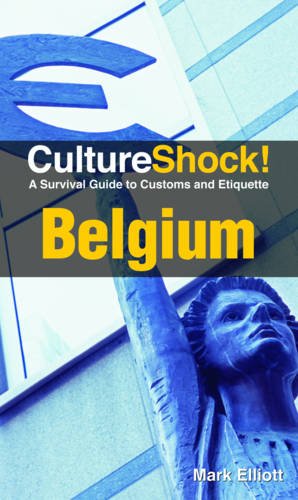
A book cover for CultureShock! Belgium: A Survival Guide to Customs and Etiquette (Cultureshock Belgium: A Survival Guide to Customs & Etiquette); Mark Elliot; Travel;